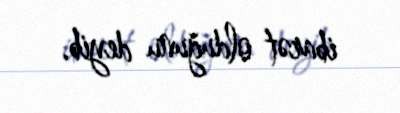
ibarət olduğunu deyib.